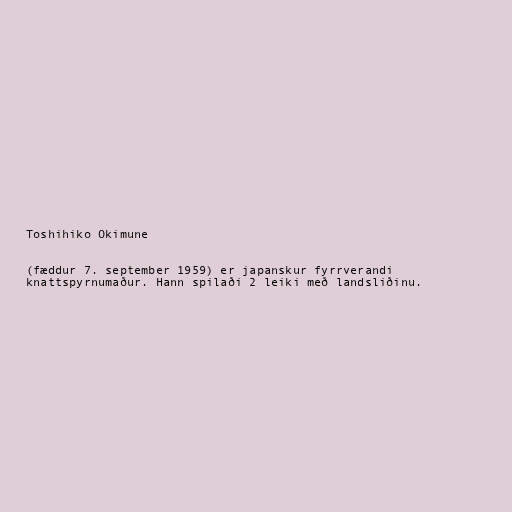
Toshihiko Okimune

(fæddur 7. september 1959) er japanskur fyrrverandi
knattspyrnumaður. Hann spilaði 2 leiki með landsliðinu.